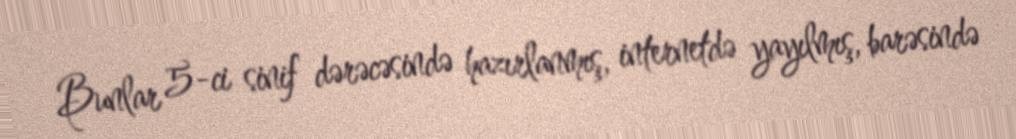
Bunlar 5-ci sinif dərəcəsində hazırlanmış, internetdə yayılmış, barəsində